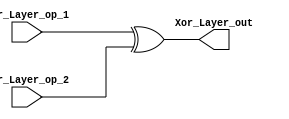
`timescale 1ns / 1ps

module Generic_Xor
#(parameter bit_size = 64)
(
input  wire      [bit_size-1:0] Xor_Layer_op_1,
output reg      [bit_size-1:0] Xor_Layer_out,
input  wire      [bit_size-1:0] Xor_Layer_op_2
    );

always @(*) begin    
    Xor_Layer_out =  Xor_Layer_op_1 ^ Xor_Layer_op_2;
end

endmodule